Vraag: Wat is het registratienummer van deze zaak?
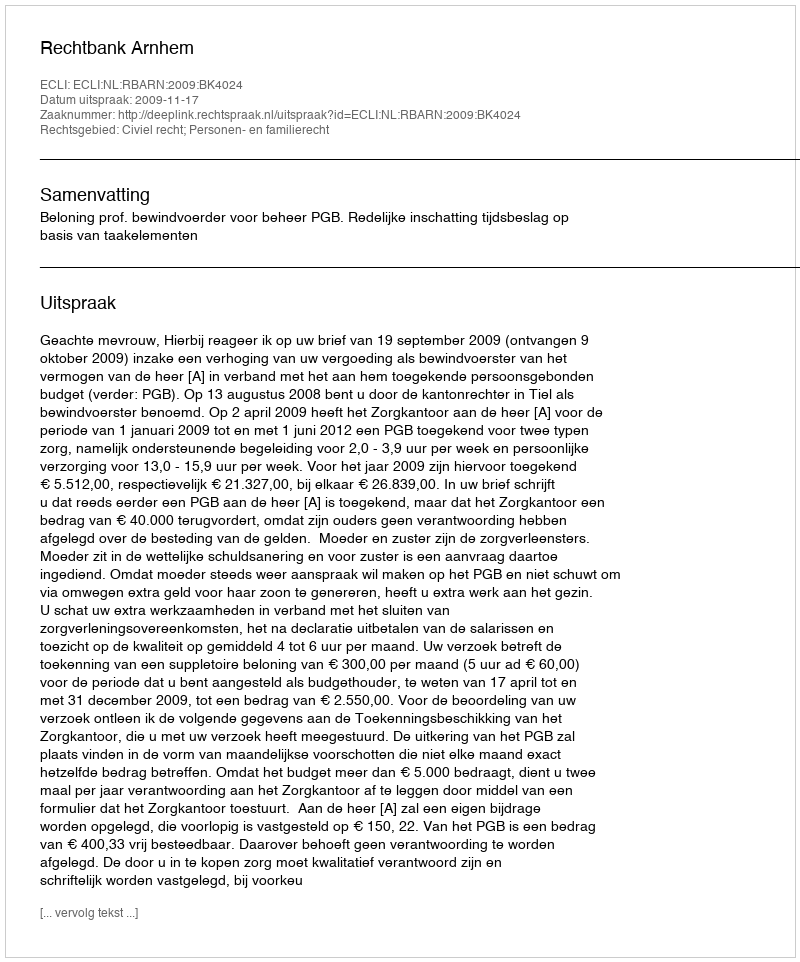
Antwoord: http://deeplink.rechtspraak.nl/uitspraak?id=ECLI:NL:RBARN:2009:BK4024